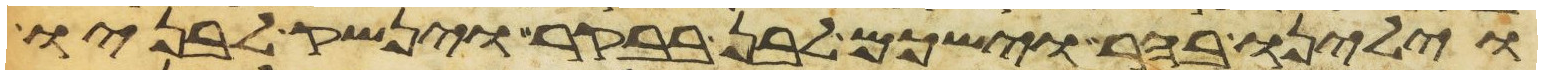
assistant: וילינו בהר וישכם לבן בבקר וינשק לבניו